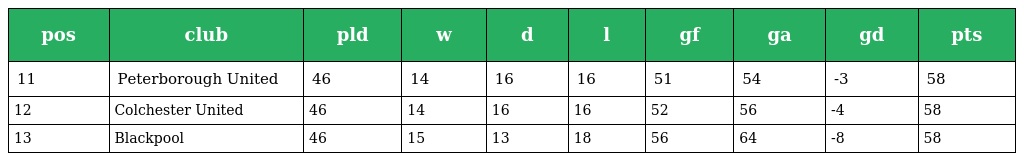
| pos | club | pld | w | d | l | gf | ga | gd | pts |
 | --- | --- | --- | --- | --- | --- | --- | --- | --- | --- |
 | 11 | Peterborough United | 46 | 14 | 16 | 16 | 51 | 54 | -3 | 58 |
 | 12 | Colchester United | 46 | 14 | 16 | 16 | 52 | 56 | -4 | 58 |
 | 13 | Blackpool | 46 | 15 | 13 | 18 | 56 | 64 | -8 | 58 |